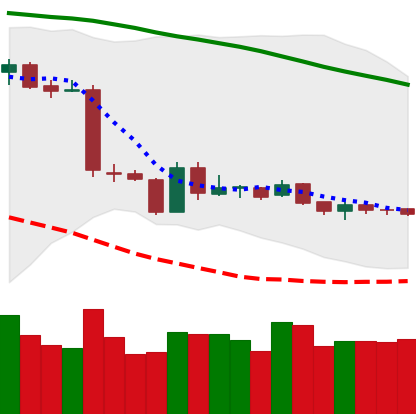
Ticker: ETH-USD
Chart end date: 2019-01-25
Forward return: -6.419%
Label: down_5_7